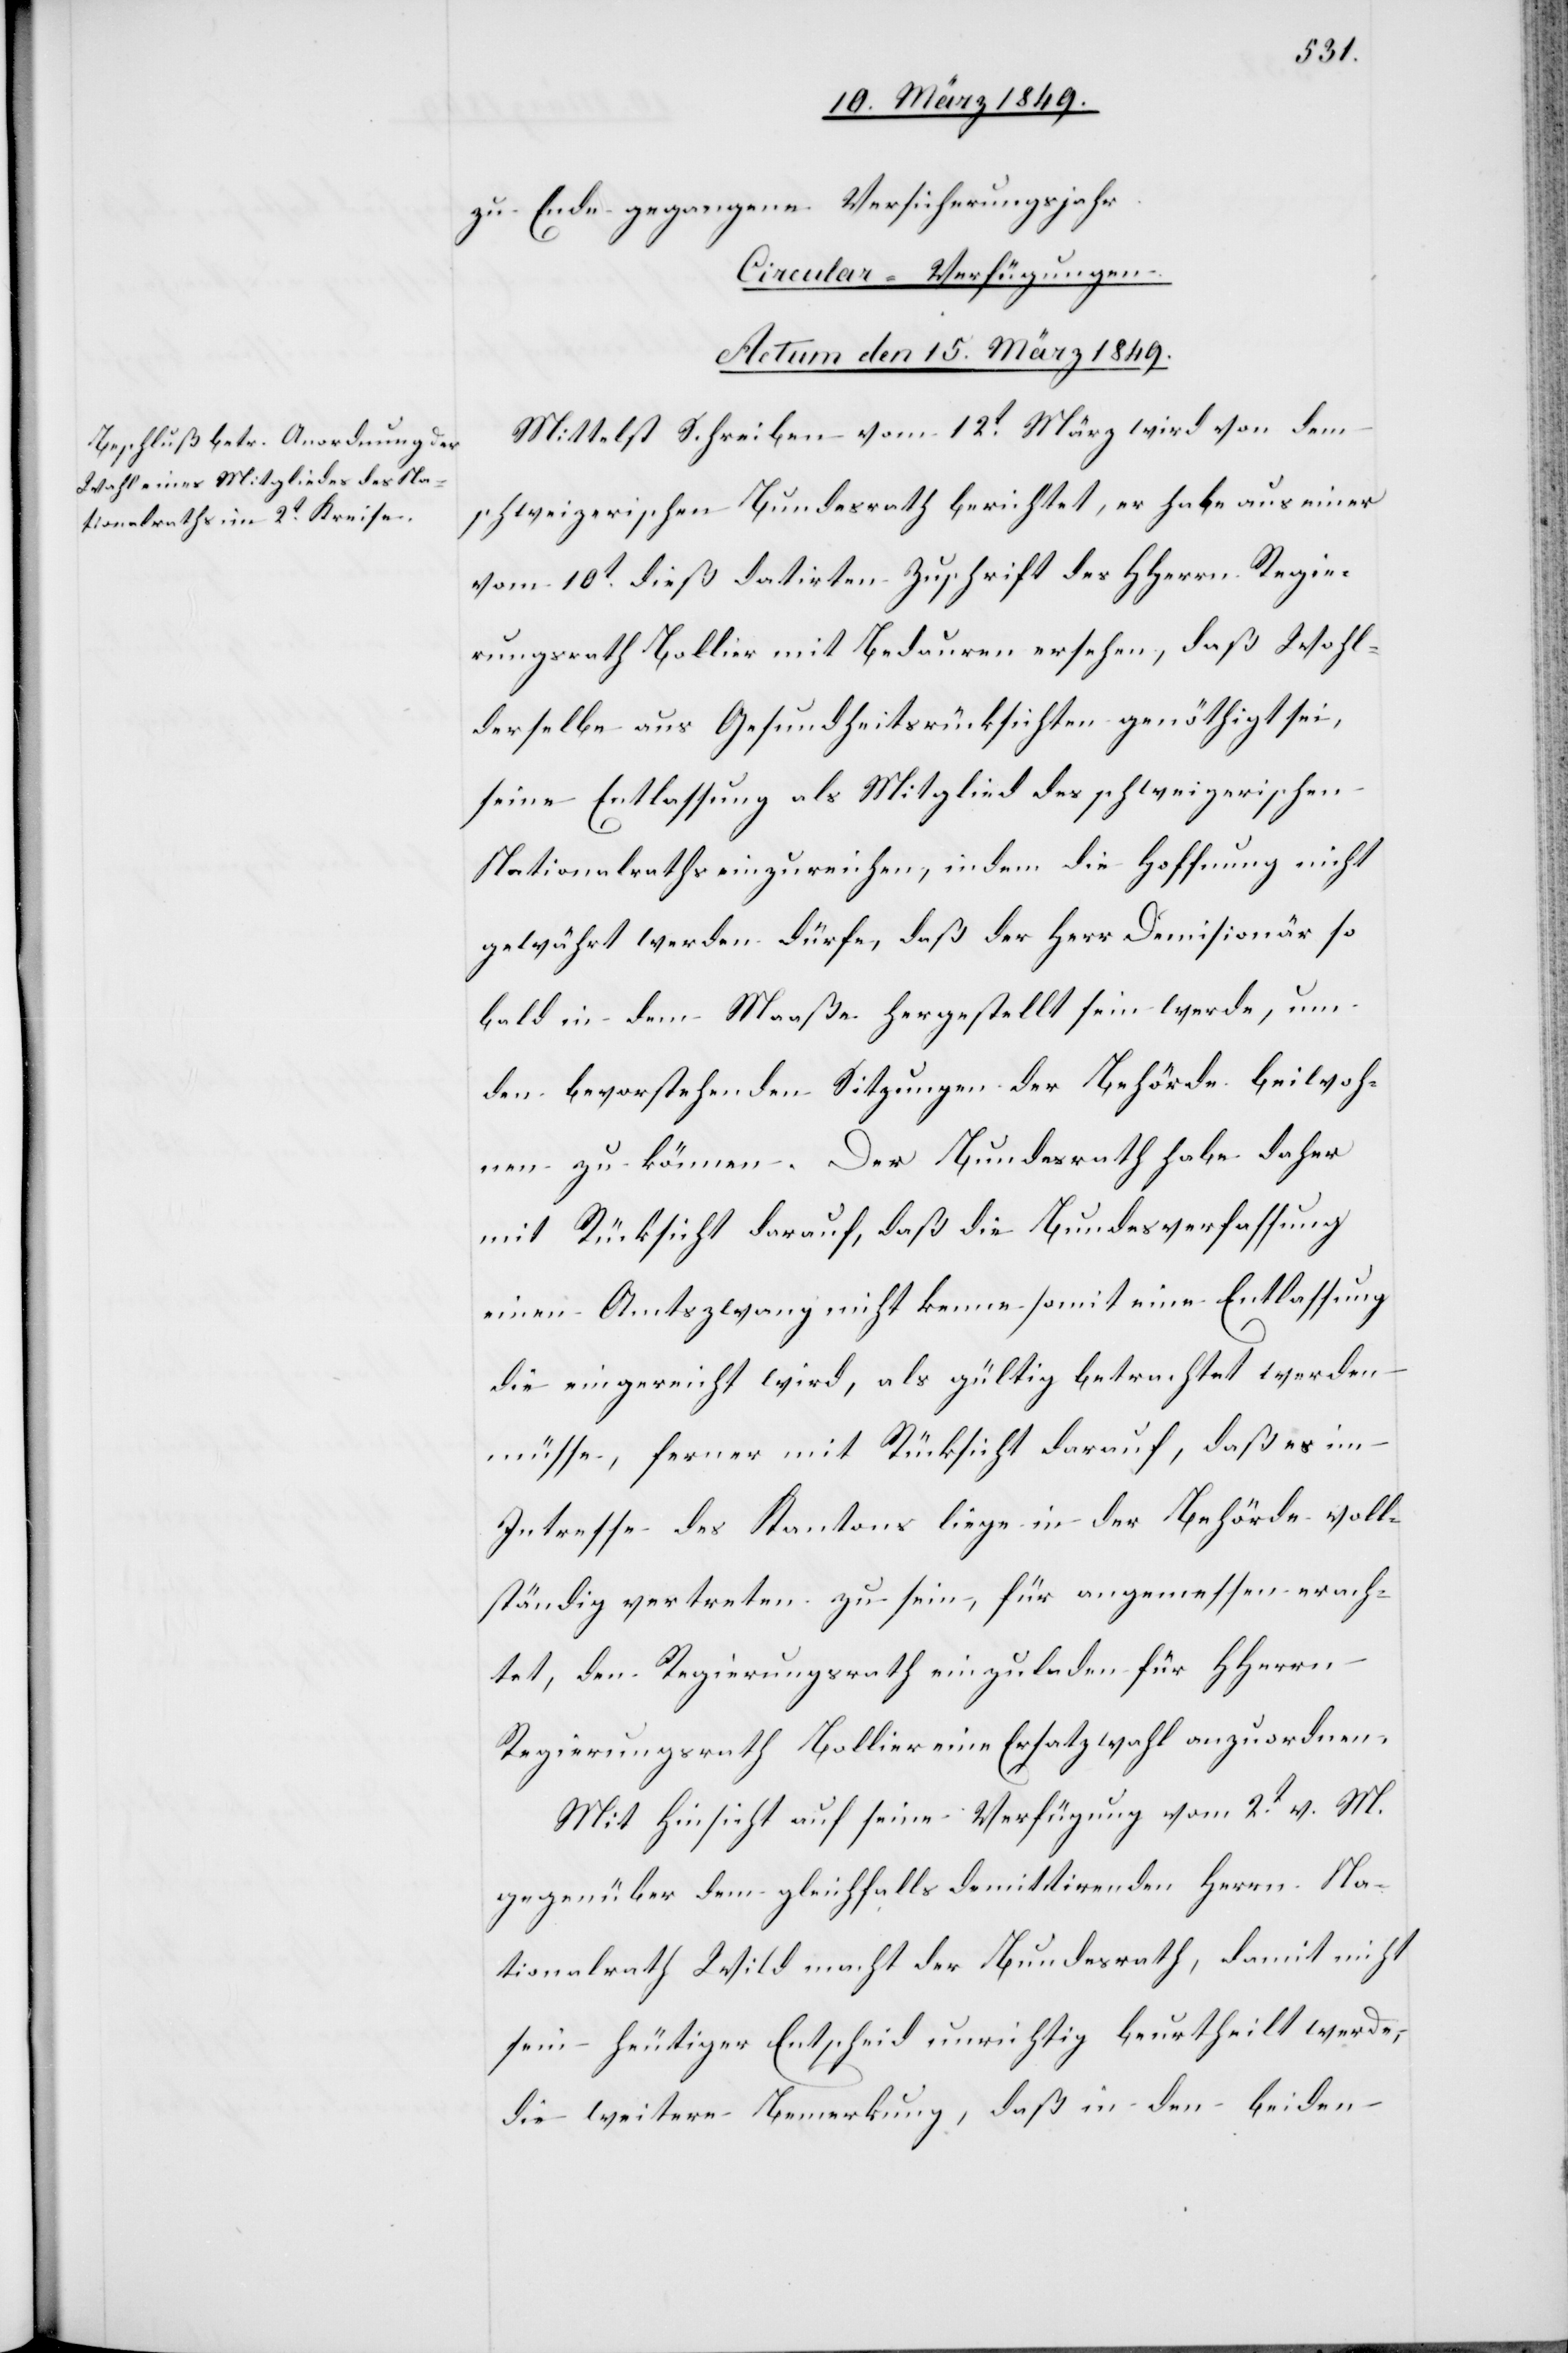
zu Ende gegangene Versicherungsjahr.
Circular-Verfügungen.
Actum den 15. März 1849.
Mittelst Schreiben vom 12t. März wird von dem
schweizerischen Bundesrath berichtet, er habe aus einer
vom 10t. dieß datirten Zuschrift des HHerrn Regie¬
rungsrath Bollier mit Bedauren ersehen, daß Wohl¬
derselbe aus Gesundheitsrücksichten genöthigt sei,
seine Entlassung als Mitglied des schweizerischen
Nationalraths einzureichen, indem die Hoffnung nicht
gewährt werden dürfe, daß der Herr Demisionär so
bald in dem Maaße hergestellt sein werde, um
den bevorstehenden Sitzungen der Behörde beiwoh¬
nen zu können. Der Bundesrath habe daher
mit Rücksicht darauf, daß die Bundesverfassung
einen Amtszwang nicht kenne somit eine Entlassung
die eingereicht wird, als gültig betrachtet werden
müsse, ferner mit Rücksicht darauf, daß es im
Interesse des Kantons liege in der Behörde voll¬
ständig vertreten zu sein, für angemessen erach¬
tet, den Regierungsrath einzuladen für HHerrn
Regierungsrath Bollier eine Ersatzwahl anzuordnen.
Mit Hinsicht auf seine Verfügung vom 2t. v. M.
gegenüber dem gleichfalls demittirenden Herrn Na¬
tionalrath Wild macht der Bundesrath, damit nicht
sein heutiger Entscheid unrichtig beurtheilt werde,
die weitere Bemerkung, daß in den beiden